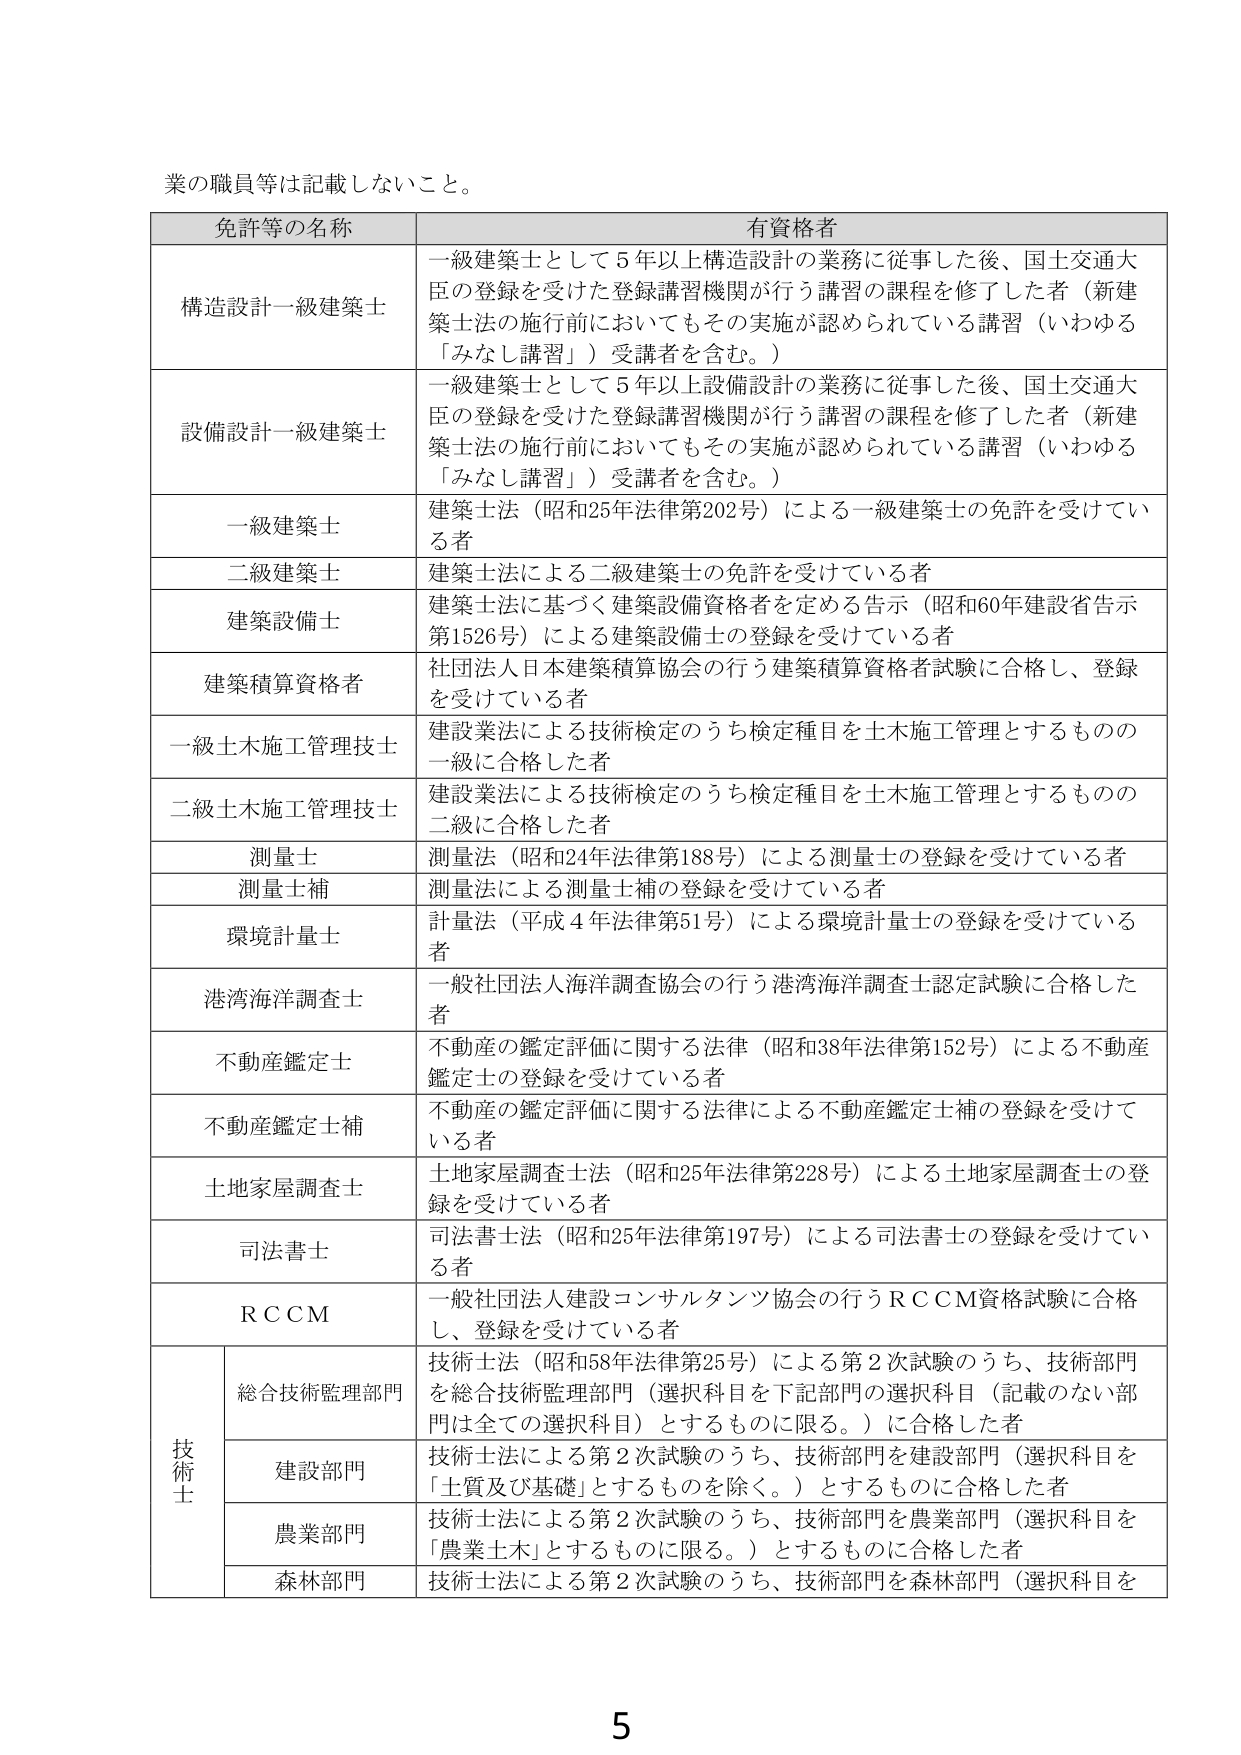
業の職員等は記載しないこと。

免許等の名称	有資格者
構造設計一級建築士	一級建築士として5年以上構造設計の業務に従事した後、国土交通大臣の登録を受けた登録講習機関が行う講習の課程を修了した者（新建築士法の施行前においてもその実施が認められている講習（いわゆる「みなしが習」）受講者を含む。）
設備設計一級建築士	一級建築士として5年以上設備設計の業務に従事した後、国土交通大臣の登録を受けた登録講習機関が行う講習の課程を修了した者（新建築士法の施行前においてもその実施が認められている講習（いわゆる「みなしが習」）受講者を含む。）
一級建築士	建築士法（昭和25年法律第202号）による一級建築士の免許を受けている者
二級建築士	建築士法による二級建築士の免許を受けている者
建築設備士	建築士法に基づく建築設備資格者を定める告示（昭和60年建設省告示第1526号）による建築設備士の登録を受けている者
建築積算資格者	社団法人日本建築積算協会の行う建築積算資格者試験に合格し、登録を受けている者
一級土木施工管理技士	建設業法による技術検定のうち検定種目を土木施工管理とするものの一級に合格した者
二級土木施工管理技士	建設業法による技術検定のうち検定種目を土木施工管理とするものの二級に合格した者
測量士	測量法（昭和24年法律第188号）による測量士の登録を受けている者
測量士補	測量法による測量士補の登録を受けている者
環境計量士	計量法（平成4年法律第51号）による環境計量士の登録を受けている者
港湾海洋調査士	一般社団法人海洋調査協会の行う港湾海洋調査士認定試験に合格した者
不動産鑑定士	不動産の鑑定評価に関する法律（昭和38年法律第152号）による不動産鑑定士の登録を受けている者
不動産鑑定士補	不動産の鑑定評価に関する法律による不動産鑑定士補の登録を受けている者
土地家屋調査士	土地家屋調査士法（昭和25年法律第228号）による土地家屋調査士の登録を受けている者
司法書士	司法書士法（昭和25年法律第197号）による司法書士の登録を受けている者
ＲＣＣＭ	一般社団法人建設コンサルタンツ協会の行うＲＣＣＭ資格試験に合格し、登録を受けている者
技術士	総合技術監理部門	技術士法（昭和58年法律第25号）による第2次試験のうち、技術部門を総合技術監理部門（選択科目を下記部門の選択科目（記載のない部門は全ての選択科目）とするものに限る。）に合格した者
	建設部門	技術士法による第2次試験のうち、技術部門を建設部門（選択科目を「土質及び基礎」とするものを除く。）とするものに合格した者
	農業部門	技術士法による第2次試験のうち、技術部門を農業部門（選択科目を「農業土木」とするものに限る。）とするものに合格した者
	森林部門	技術士法による第2次試験のうち、技術部門を森林部門（選択科目を

5